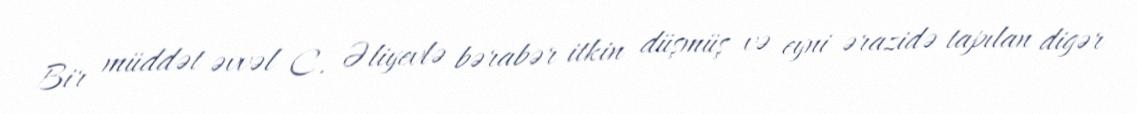
Bir müddət əvvəl C. Əliyevlə bərabər itkin düşmüş və eyni ərazidə tapılan digər